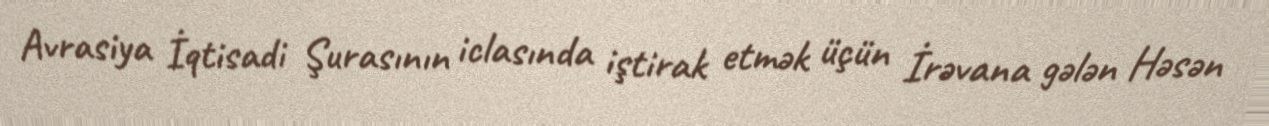
Avrasiya İqtisadi Şurasının iclasında iştirak etmək üçün İrəvana gələn Həsən